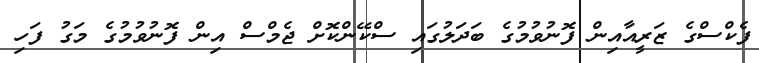
ފެކްސްގެ ޒަރީއާއިން ފޮނުވުމުގެ ބަދަލުގައި ސްކޭންކޮށް ޖެމްސް އިން ފޮނުވުމުގެ މަގު ފަހި